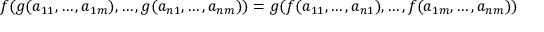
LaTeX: f ( g ( a _ { 1 1 } , \ldots , a _ { 1 m } ) , \ldots , g ( a _ { n 1 } , \ldots , a _ { n m } ) ) = g ( f ( a _ { 1 1 } , \ldots , a _ { n 1 } ) , \ldots , f ( a _ { 1 m } , \ldots , a _ { n m } ) )